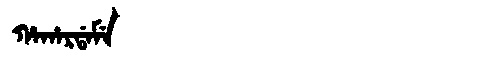
Manchu: ᡥᠠᡥᠠᡵᡩᠠᠮᡝ
Romanization: HAHARDAME